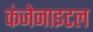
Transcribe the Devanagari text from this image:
कंजेनाइटल